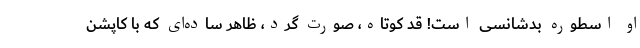
او اسطوره بدشانسی است! قد کوتاه، صورت گرد، ظاهر ساده‌ای که با کاپشن